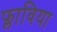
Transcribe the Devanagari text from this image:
फ्लाविया